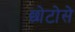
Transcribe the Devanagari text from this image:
छोटोसे